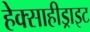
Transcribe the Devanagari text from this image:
हेक्साहीड्राइट